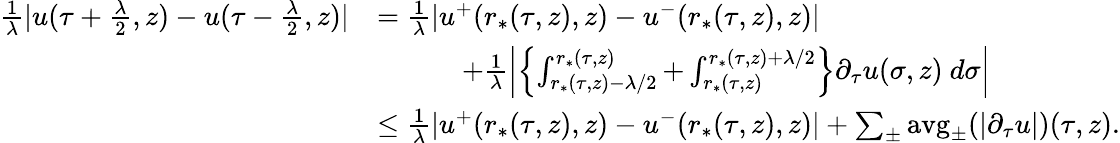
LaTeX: \begin{array}{rl}{\frac{1}{\lambda}|u(\tau+\frac{\lambda}{2},z)-u(\tau-\frac{\lambda}{2},z)|}&{=\frac{1}{\lambda}|u^{+}(r_{*}(\tau,z),z)-u^{-}(r_{*}(\tau,z),z)|}\\ &{\quad\quad\quad+\frac{1}{\lambda}\left|\left\{ \int_{r_{*}(\tau,z)-\lambda/2}^{r_{*}(\tau,z)}+\int_{r_{*}(\tau,z)}^{r_{*}(\tau,z)+\lambda/2}\right\} \partial_{\tau}u(\sigma,z)\ d\sigma\right|}\\ &{\leq\frac{1}{\lambda}|u^{+}(r_{*}(\tau,z),z)-u^{-}(r_{*}(\tau,z),z)|+\sum_{\pm}\textup{avg}_{\pm}(|\partial_{\tau}u|)(\tau,z).}\end{array}